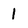
Character: 1